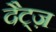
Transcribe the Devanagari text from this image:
दैट्ज़